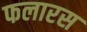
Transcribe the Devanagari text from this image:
फलारस